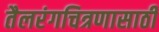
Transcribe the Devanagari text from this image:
तैलरंगचित्रणासाठी